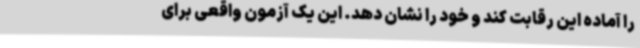
را آماده این رقابت کند و خود را نشان دهد. این یک آزمون واقعی برای